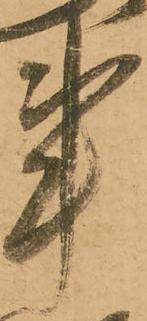
事